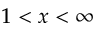
1 < x < \infty